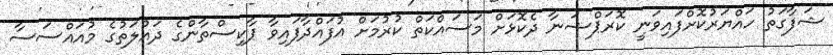
ޝަފާގަތު ހައްޔަރުކޮށްފައިވަނީ ކޮރަޕްޝަނާ ދެކޮޅަށް މަސައްކަތް ކުރުމަށް އުފައްދާފައިވާ ޕާކިސްތާންގެ ދައުލަތުގެ މުއައްސަސާ